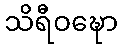
သိရီဝဍ္ဎော